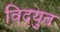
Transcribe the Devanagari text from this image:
विदयुत